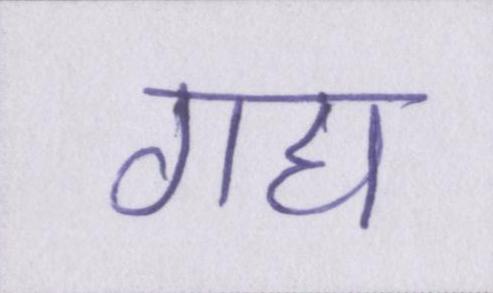
गद्य